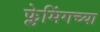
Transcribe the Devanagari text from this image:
फ्लेमिंगच्या